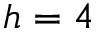
h = 4